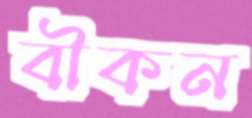
বীকন